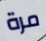
مرة